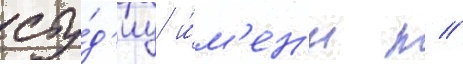
сту́д'иу и́м'ен'и п //